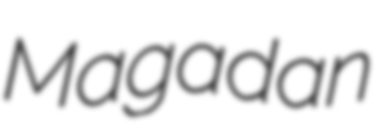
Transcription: Magadan